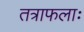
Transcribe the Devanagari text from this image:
तत्राफलाः